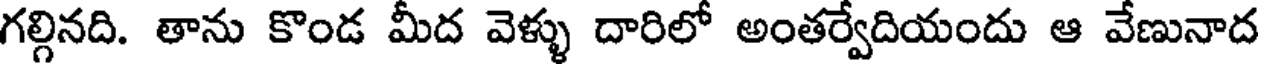
గల్గినది. తాను కొండ మీద వెళ్ళు దారిలో అంతర్వేదియందు ఆ వేణునాద